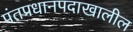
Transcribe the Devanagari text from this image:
पंतप्रधानपदाखालील